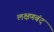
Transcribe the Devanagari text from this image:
लक्षणबंद